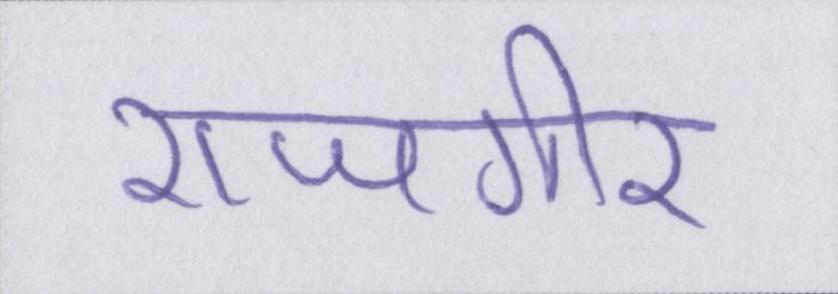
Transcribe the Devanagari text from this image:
राजगीर